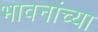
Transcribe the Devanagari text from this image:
भावनांच्या